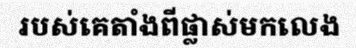
របស់គេតាំងពីផ្លាស់មកលេង